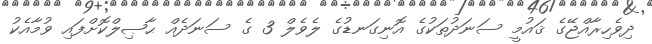
ދިވެހިރާއްޖޭގެ ޤައުމީ ސަނަދުތަކުގެ އޮނިގަނޑުގެ ލެވެލް 3 ގެ ސަނަދެއް ޙާޞިލްކޮށްފައި ވުމާއެކު